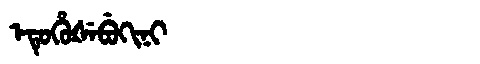
Manchu: ᡝᡨᡠᡥᡠᡧᡝᠪᡠᡴᡳᠨᡳ
Romanization: ETUHUŠEBUKINI